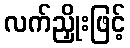
လက်ညှိုးဖြင့်